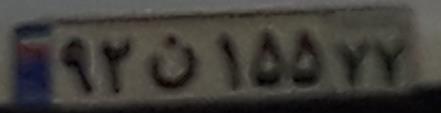
۹۲ن۱۵۵۷۷